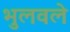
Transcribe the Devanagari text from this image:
भुलवले